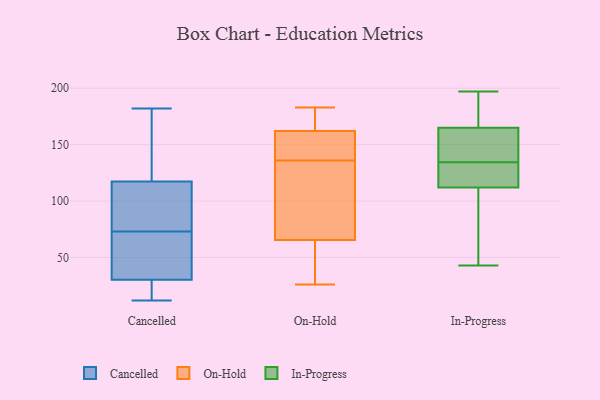
{"axis": {"x": "Backlog", "y": "Value"}, "legend": ["Cancelled", "In-Progress", "On-Hold"], "data": [{"x": "", "y": 109, "type": "Cancelled"}, {"x": "", "y": 139, "type": "Cancelled"}, {"x": "", "y": 73, "type": "Cancelled"}, {"x": "", "y": 22, "type": "Cancelled"}, {"x": "", "y": 104, "type": "Cancelled"}, {"x": "", "y": 66, "type": "Cancelled"}, {"x": "", "y": 73, "type": "Cancelled"}, {"x": "", "y": 93, "type": "Cancelled"}, {"x": "", "y": 84, "type": "Cancelled"}, {"x": "", "y": 180, "type": "Cancelled"}, {"x": "", "y": 23, "type": "Cancelled"}, {"x": "", "y": 51, "type": "Cancelled"}, {"x": "", "y": 34, "type": "Cancelled"}, {"x": "", "y": 27, "type": "Cancelled"}, {"x": "", "y": 120, "type": "Cancelled"}, {"x": "", "y": 182, "type": "Cancelled"}, {"x": "", "y": 29, "type": "Cancelled"}, {"x": "", "y": 12, "type": "Cancelled"}, {"x": "", "y": 133, "type": "Cancelled"}, {"x": "", "y": 173, "type": "On-Hold"}, {"x": "", "y": 182, "type": "On-Hold"}, {"x": "", "y": 151, "type": "On-Hold"}, {"x": "", "y": 183, "type": "On-Hold"}, {"x": "", "y": 44, "type": "On-Hold"}, {"x": "", "y": 136, "type": "On-Hold"}, {"x": "", "y": 136, "type": "On-Hold"}, {"x": "", "y": 63, "type": "On-Hold"}, {"x": "", "y": 68, "type": "On-Hold"}, {"x": "", "y": 144, "type": "On-Hold"}, {"x": "", "y": 125, "type": "On-Hold"}, {"x": "", "y": 26, "type": "On-Hold"}, {"x": "", "y": 43, "type": "In-Progress"}, {"x": "", "y": 96, "type": "In-Progress"}, {"x": "", "y": 154, "type": "In-Progress"}, {"x": "", "y": 112, "type": "In-Progress"}, {"x": "", "y": 191, "type": "In-Progress"}, {"x": "", "y": 197, "type": "In-Progress"}, {"x": "", "y": 165, "type": "In-Progress"}, {"x": "", "y": 147, "type": "In-Progress"}, {"x": "", "y": 118, "type": "In-Progress"}, {"x": "", "y": 122, "type": "In-Progress"}]}